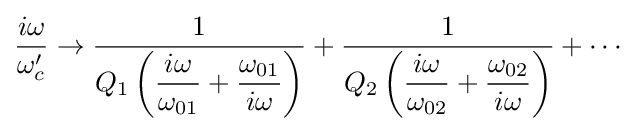
{\frac {i\omega }{\omega _{c}'}}\to {\dfrac {1}{Q_{1}\left({\dfrac {i\omega }{\omega _{01}}}+{\dfrac {\omega _{01}}{i\omega }}\right)}}+{\dfrac {1}{Q_{2}\left({\dfrac {i\omega }{\omega _{02}}}+{\dfrac {\omega _{02}}{i\omega }}\right)}}+\cdots